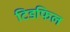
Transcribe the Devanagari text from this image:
टिडफिल